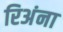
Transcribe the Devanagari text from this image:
रिअंना